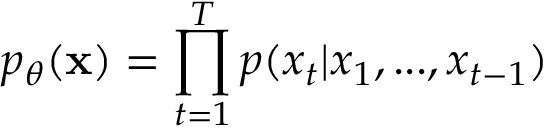
p _ { \theta } ( \mathbf { x } ) = \prod _ { t = 1 } ^ { T } p ( x _ { t } | x _ { 1 } , . . . , x _ { t - 1 } )